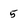
Character: 5